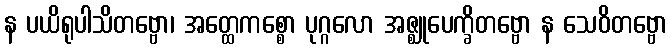
န ပယိရုပါသိတဗ္ဗော၊ အတ္ထေကစ္စော ပုဂ္ဂလော အဇ္ဈုပေက္ခိတဗ္ဗော န သေဝိတဗ္ဗော